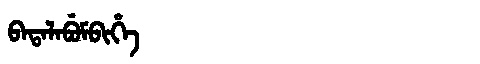
Manchu: ᠪᠠᡨᠠᠯᠠᠪᡠᠮᠪᡳᡥᡝ
Romanization: BATALABUMBIHE